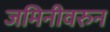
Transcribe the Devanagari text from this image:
जमिनीवरुन